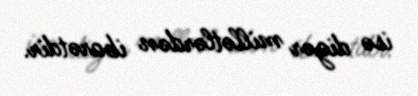
isə digər millətlərdən ibarətdir.